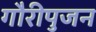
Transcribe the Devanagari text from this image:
गौरीपुजन